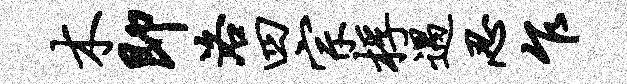
木即洛四宗桴遇忍乍